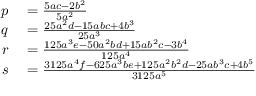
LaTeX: \begin{array} { r l } { p } & { { } = { \frac { 5 a c - 2 b ^ { 2 } } { 5 a ^ { 2 } } } } \\ { q } & { { } = { \frac { 2 5 a ^ { 2 } d - 1 5 a b c + 4 b ^ { 3 } } { 2 5 a ^ { 3 } } } } \\ { r } & { { } = { \frac { 1 2 5 a ^ { 3 } e - 5 0 a ^ { 2 } b d + 1 5 a b ^ { 2 } c - 3 b ^ { 4 } } { 1 2 5 a ^ { 4 } } } } \\ { s } & { { } = { \frac { 3 1 2 5 a ^ { 4 } f - 6 2 5 a ^ { 3 } b e + 1 2 5 a ^ { 2 } b ^ { 2 } d - 2 5 a b ^ { 3 } c + 4 b ^ { 5 } } { 3 1 2 5 a ^ { 5 } } } } \end{array}